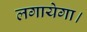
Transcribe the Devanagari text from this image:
लगायेगा।